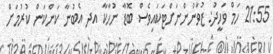
21:55 ހަމް ވަހީދު: ޒުވާނުންނަށްޓަކައިވެސް ބޮޑާ ނުހާކާ އދ އެބުނާ ކަންކަން ކުރުމަށް